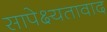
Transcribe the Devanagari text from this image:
सापेक्ष्यतावाद